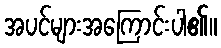
အပင်များအကြောင်းပါ၏။